system: You are a helpful assistant.
user:
Analyze the provided spectrum to determine if it is a **S-type Star**.

- **Key Indicators for S-type Star:**

    - **(Overall Spectrum Shape):** The first and most obvious characteristic is the overall continuum (the "baseline" shape). It is **extremely "red-sloping,"** meaning the flux (light intensity) is very low on the left side (blue, ~4000-4500 Å) and rises steeply and continuously toward the right side (red, ~7000 Å+).

    - **(Primary):** The spectrum is defined by the presence of strong, broad molecular absorption "valleys" (bands) from **Zirconium Oxide (ZrO)**. The identification of these bands is the **primary requirement** for classifying a star as S-type.
        - **(Key Bandheads):** You must find distinct, deep "dips" where the light has been absorbed. The most critical band systems to locate are:
            - **~6474 Å** ($\gamma$-system): This is often the strongest and clearest ZrO feature, found in the red part of the spectrum.
            - **~5718 Å** & **~5551 Å** ($\beta$-system): A pair of prominent absorption features in the yellow-orange part of the spectrum.
            - **~4640 Å** ($\alpha$-system): A key absorption band system in the blue-green region of the spectrum.

    - **(Secondary Confirmation):** The classification is strengthened by finding additional absorption bands from other related heavy element oxides, which are expected to be present alongside ZrO.
        - **(Key Bandheads):**
            - **Yttrium Oxide (YO):** Look for absorption dips near **~4800 Å** and **~6100 Å**.
            - **Lanthanum Oxide (LaO):** Additional absorption features, particularly in the red-orange part of the spectrum, are also characteristic.

    - **(Line Profile):** The combination of the steep red continuum and these numerous, deep molecular bands (ZrO, YO, etc.) gives the entire spectrum a very **"chopped-up"** or **"bumpy"** appearance. Instead of a smooth curve, the spectrum looks as though large, wide chunks of light have been "carved out" of it at the specific wavelengths listed above.

Think first, call **spectral_visualization_tool** if needed to examine features in detail, then provide your final answer. Your response must adhere to the following strict rules:
1.  **Overall Structure:** Your response must follow the format `<think>...</think> <tool_call>...</tool_call> (if a tool is used) <answer>...</answer>`.
2.  **Tool Usage Constraint:** You may only make **one** tool call per turn.
3.  **Final Answer Format:** In the `<answer>` tag, your conclusion must be inside a `\boxed{}` command (e.g., `\boxed{YES}` or `\boxed{NO}`), followed by your justification.

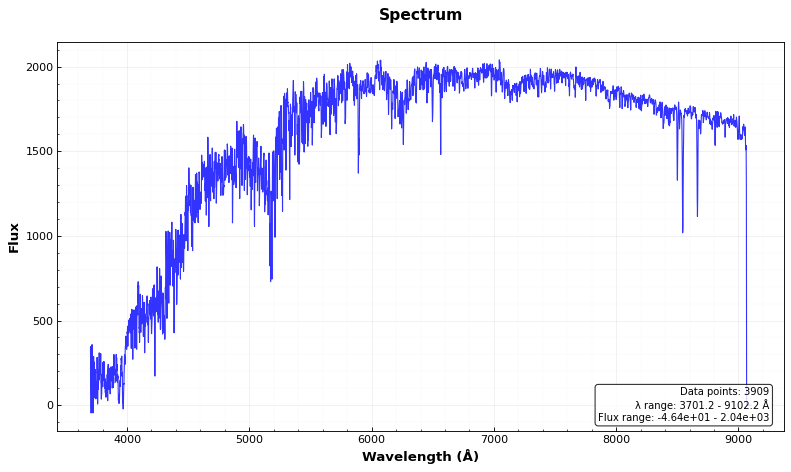
Answer: NO